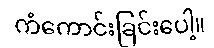
ကံကောင်းခြင်းပေါ့။